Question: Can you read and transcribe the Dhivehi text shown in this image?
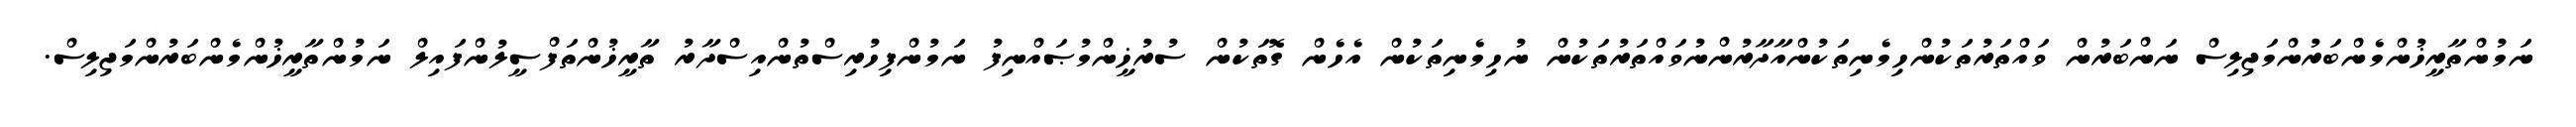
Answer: ނަމުންތާރީޚުންމެންބަރުންމަޖިލިސް ނަންބަރުން ވައްތަރުތަކުންހިމެނިތަކުންއާދާރުންނުވައްތަރުތަކުން ނުހިމެނިތަކުން އެހެން ގޮތަކުން ސުރުޚީންމުޞައްނިފު ނަމުންފިހުރިސްތުންއިސްދާރު ތާރީޚުންތަފްސީލުންފައިލް ނަމުންތާރީޚުންމެންބަރުންމަޖިލިސް.